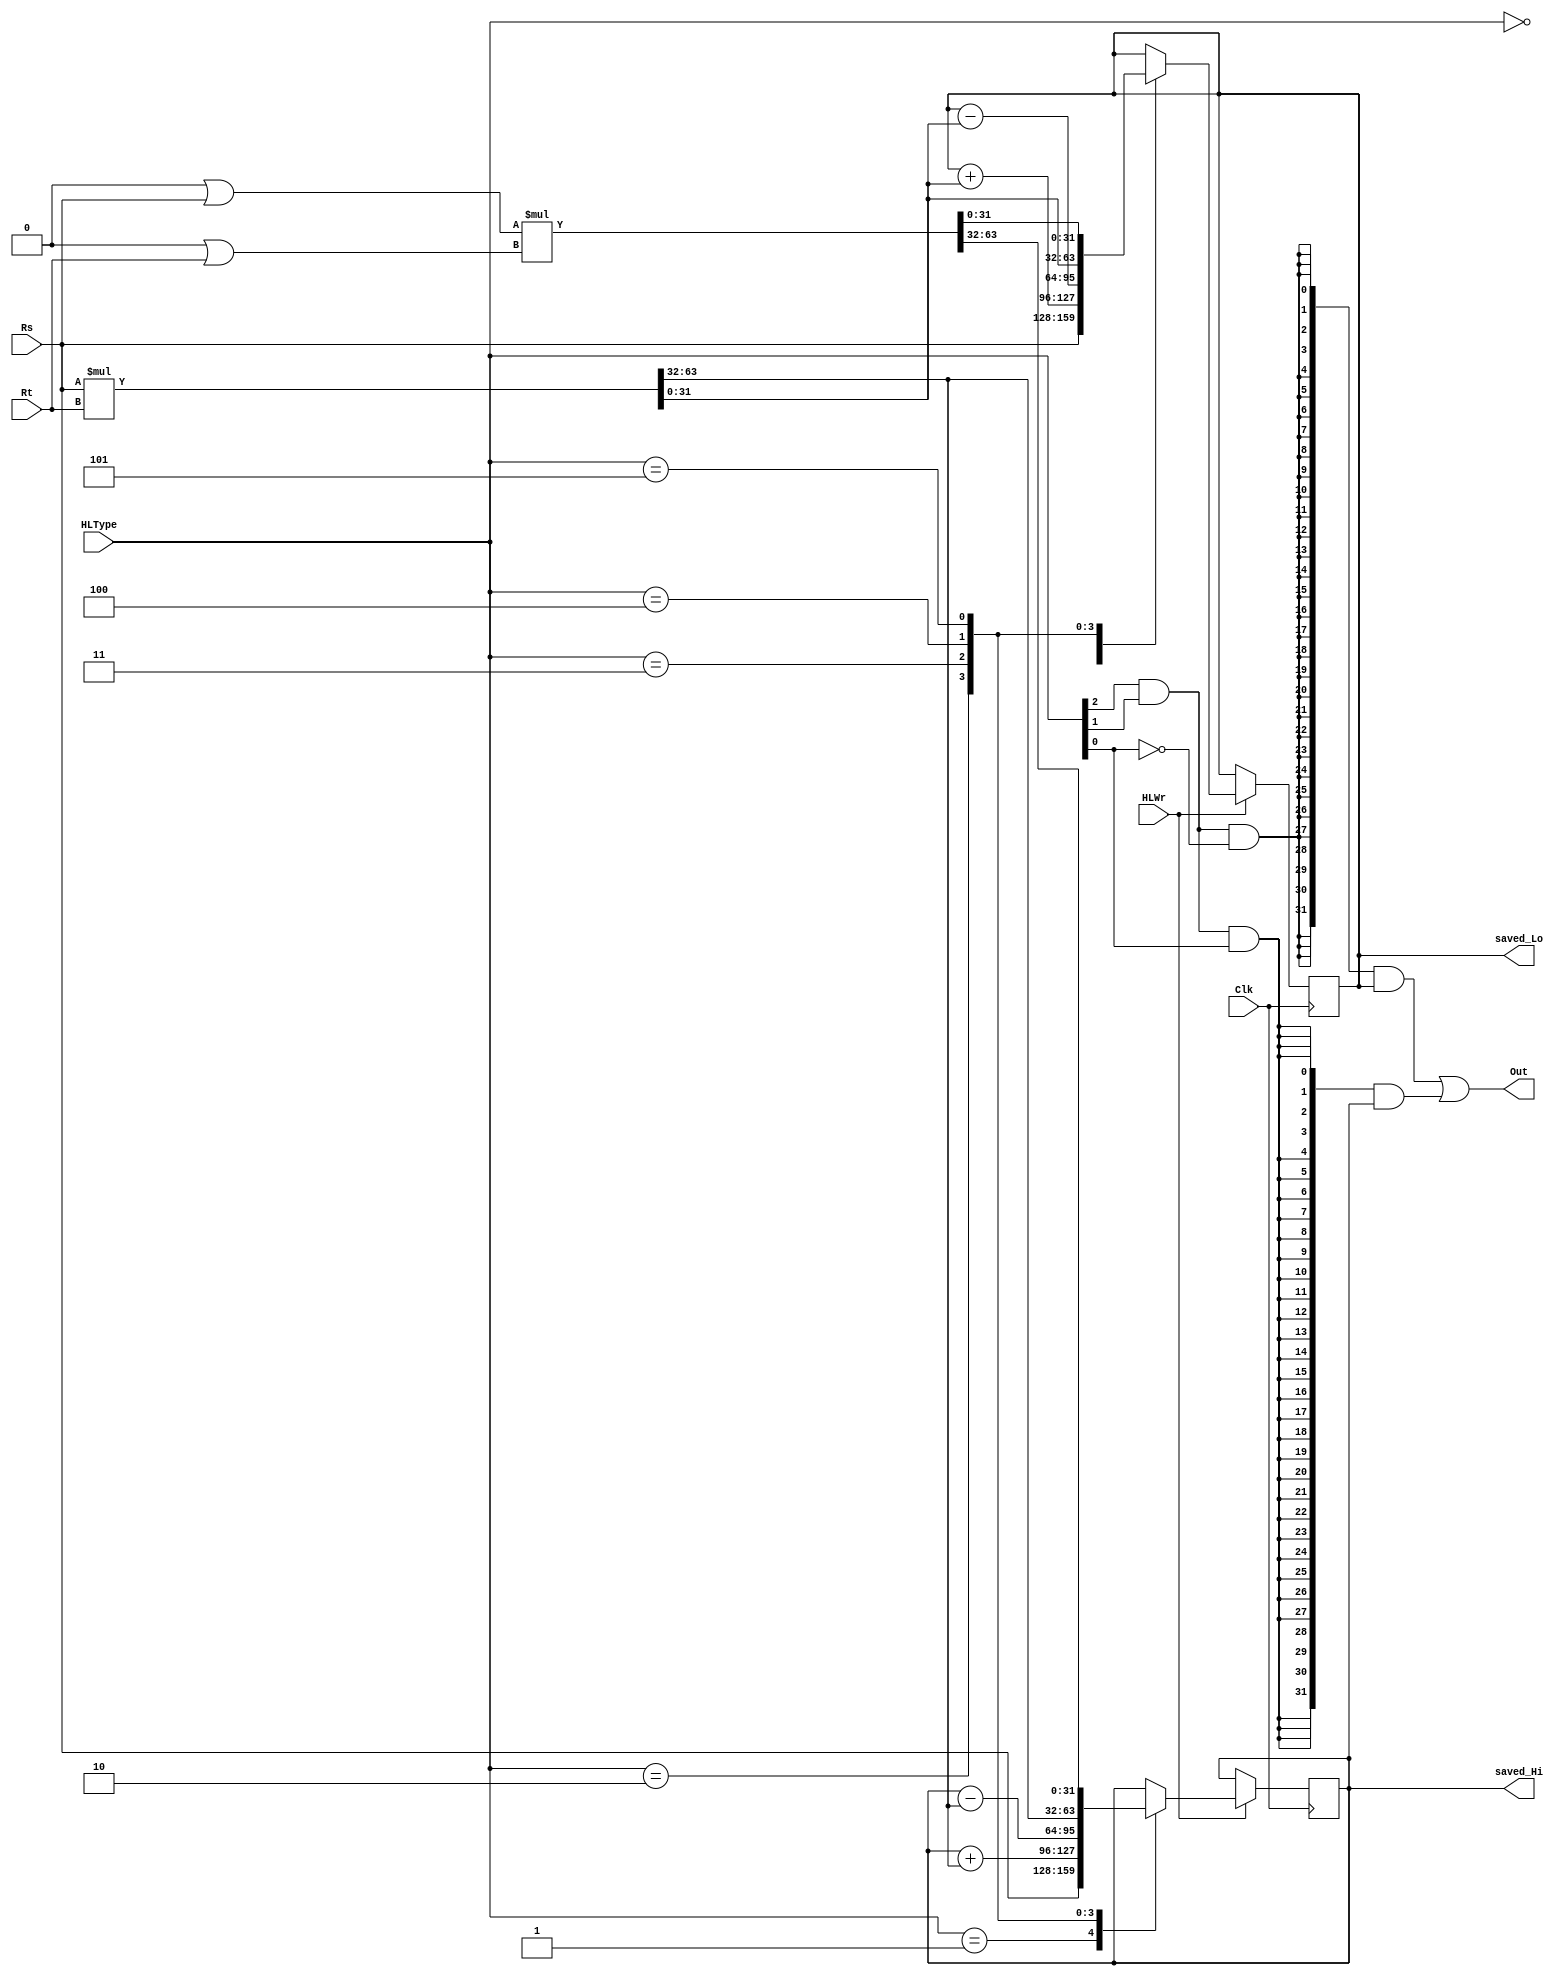
`timescale 1ns / 1ps
//////////////////////////////////////////////////////////////////////////////////
// Company: 
// Engineer: 
// 
// Design Name: 
// Module Name: HiLoReg
// Project Name: 
// Target Devices: 
// Tool Versions: 
// Description: 
// 
// Dependencies: 
// 
// Revision:
// Revision 0.01 - File Created
// Additional Comments:
// 
//////////////////////////////////////////////////////////////////////////////////


module HiLoReg(Clk, HLWr, HLType, Rs, Rt, Out, saved_Hi, saved_Lo);

    input Clk;
    input HLWr;
    input [2:0] HLType;
    input [31:0] Rs, Rt;
    
    output [31:0] Out;
    
    output reg [31:0] saved_Hi, saved_Lo;
    wire [31:0] read_Hi, read_Lo;
    wire [63:0] temp, temp_unsigned;
    wire mfloFlag, mfhiFlag;
    
    initial begin
        // 
        saved_Hi = {32{1'bx}};
        saved_Lo = {32{1'bx}};
    end
    
    assign temp = $signed(Rs) * $signed(Rt); //TODO: Check how verilog works with signed/unsigned numbers (check which is default)
    assign temp_unsigned = ({32{1'b0}} | Rs) * ({32{1'b0}} | Rt);
    assign read_Hi = saved_Hi;
    assign read_Lo = saved_Lo;
    
    always @(posedge Clk) 
    begin
        if (HLWr == 1'b1) 
        begin
            case(HLType)
                3'b000 : // mtlo
                begin
                    saved_Lo = Rs;
                end
                3'b001 : // mthi
                begin
                    saved_Hi = Rs;
                end
                3'b010 : // madd
                begin
                    saved_Hi = saved_Hi + temp[63:32];
                    saved_Lo = saved_Lo + temp[31:0];
                end
                3'b011 : // msub
                begin
                    saved_Hi = saved_Hi - temp[63:32];
                    saved_Lo = saved_Lo - temp[31:0];
                end
                3'b100 : // mult
                begin
                    saved_Hi = temp[63:32];
                    saved_Lo = temp[31:0];
                end
                3'b101 : // multu
                begin
                    saved_Hi = temp_unsigned[63:32];
                    saved_Lo = temp_unsigned[31:0];
                end
//                3'b110 : // mul
//                begin
//                    saved_Hi = {32{1'bx}}; // I feel like mul shouldnt be changing hi and lo. "Unpredictable" prob means you can't know because
//                    saved_Lo = {32{1'bx}}; // other instructions may modify it but mul itself doesnt use them. we should double check
//                end
                
            endcase
            /*case(HLType)
                3'b110 : // mflo
                begin
                    Out = read_Lo;
                end
                3'b111 : // mfhi
                begin
                    Out = read_Hi;
                end
                default :
                begin
                    Out = {32{1'bx}};
                end
            endcase*/
        end
    end
    
    assign mfloFlag = (HLType[2] & 1'b1) & (HLType[1] & 1'b1) & (!HLType[0] & 1'b1);
    assign mfhiFlag = (HLType[2] & 1'b1) & (HLType[1] & 1'b1) & (HLType[0] & 1'b1);
    
    assign Out = ({32{mfloFlag}} & read_Lo) | ({32{mfhiFlag}} & read_Hi);
    
    /*always @(negedge Clk)
    begin
        case(HLType)
    
        endcase
    end*/
endmodule